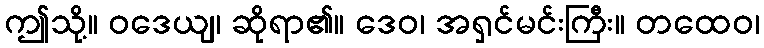
ဤသို့။ ဝဒေယျ၊ ဆိုရာ၏။ ဒေဝ၊ အရှင်မင်းကြီး။ တထေဝ၊